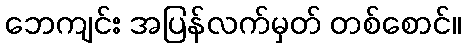
ဘေကျင်း အပြန်လက်မှတ် တစ်စောင်။